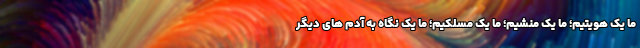
ما یک هویتیم؛ ما یک منشیم؛ ما یک مسلکیم؛ ما یک نگاه به آدم های دیگر